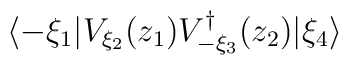
\langle -\xi_{1} | V_{\xi_{2}}(z_{1}) V_{-\xi_{3}}^{\dagger}(z_{2}) |\xi_{4}\rangle